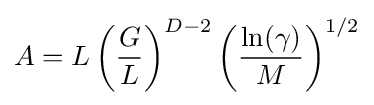
A=L\left({\frac {G}{L}}\right)^{D-2}\left({\frac {\ln(\gamma )}{M}}\right)^{1/2}